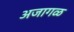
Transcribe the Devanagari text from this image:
अजागळ